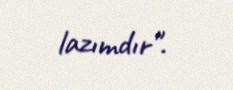
lazımdır".